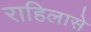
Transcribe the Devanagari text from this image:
राहिलासे